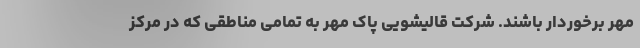
مهر برخوردار باشند. شرکت قالیشویی پاک مهر به تمامی مناطقی که در مرکز